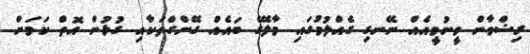
ރިޟްވާން ވީނުވީއެއް ނޭނގި ގެއްލުމުގައި މާލޭގެ ބައެއް ގޭންގްތަކާއި ގުޅުން އޮތް ކަމަށް